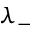
\lambda _ { - }